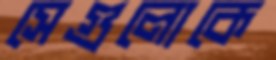
সেগুলোকে